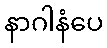
နာဂါနံပေ